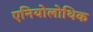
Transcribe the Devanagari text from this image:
एनियोलोथिक